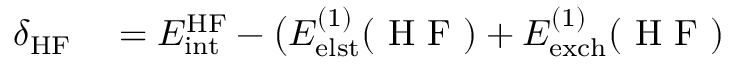
\begin{array} { r l } { \delta _ { \mathrm { H F } } } & { { } = E _ { \mathrm { i n t } } ^ { \mathrm { H F } } - \big ( E _ { \mathrm { e l s t } } ^ { ( 1 ) } ( \mathrm { ~ H ~ F ~ } ) + E _ { \mathrm { e x c h } } ^ { ( 1 ) } ( \mathrm { ~ H ~ F ~ } ) } \end{array}